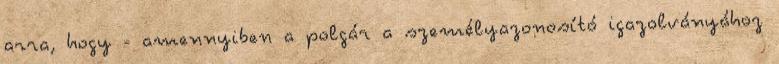
arra, hogy - amennyiben a polgár a személyazonosító igazolványához